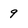
Character: 9